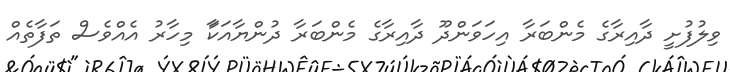
ވިލުފުށީ ދާއިރާގެ މެންބަރާ އިހަވަންދޫ ދާއިރާގެ މެންބަރާ ދުންޔާއަކަާ މިހާރު އެއްވެސް ތަފާތެއް